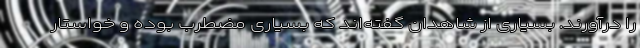
را درآورند. بسیاری از شاهدان گفته‌اند که بسیاری مضطرب بوده و خواستار